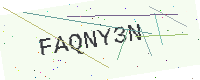
Text: FAQNY3N